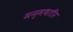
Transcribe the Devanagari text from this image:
मन्मथतीर